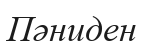
Пәниден